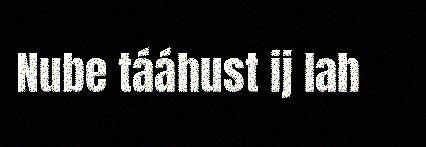
Nube tááhust ij lah